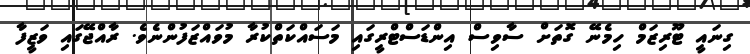
ގިނައީ ޓޫރިޒަމް ހިމެނޭ ގޮތަށް ސާވިސް އިންޑަސްޓްރީގައި މަސައްކަތްކުރާ މުވައްޒަފުންނެވެ. ރާއްޖޭގައި ވަޒީފާ